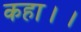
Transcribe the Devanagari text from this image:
कहा।।